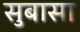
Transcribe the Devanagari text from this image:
सुबासा